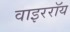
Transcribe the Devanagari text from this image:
वाइररॉय